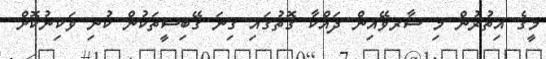
މީގެ އިތުރުން މި ސާރވޭއިން ދައްކާ ގޮތުގައި ގިނަ ގޭބިސީތަކުން ކުނި ވަކިނުކޮށް